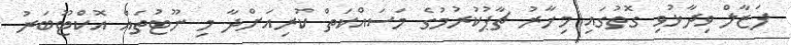
ފަޒާލް ވިދާޅުވި ގޮތުގައި މިހާރު ޗާޕުކުރުމުގެ މަސައްކަތް ކުރިއަށްދާ މި ނޫޓުތައް އޮކްޓޫބަރު